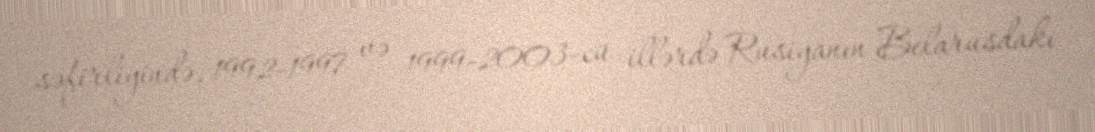
səfirliyində, 1992-1997 və 1999-2003-cü illərdə Rusiyanın Belarusdakı